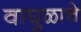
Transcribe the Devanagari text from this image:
वाघुळाचे